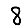
Digit: 8